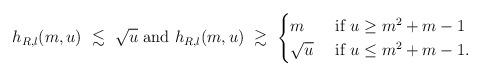
LaTeX: \begin{align*}h_{R,l}(m,u)\ \lesssim \ \sqrt{u}\mbox{ and }h_{R,l}(m,u)\ \gtrsim\ \begin{cases}m&\mbox{ if }u\ge m^2+m-1\\ \sqrt{u}&\mbox{ if }u\le m^2+m-1.\end{cases}\end{align*}